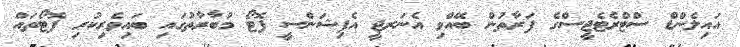
އައިލެންޑް ސްޓްރެޓެޖީސްގެ ފަރާތުން ބޭއްވި އެނަރޖީ އެފިޝަންސީ ފޮޓޯ މުބާރާތުގައި ބައިވެރިކުރި ފޮޓޯތައް